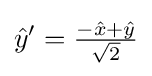
{\hat {y}}'=\textstyle {\frac {-{\hat {x}}+{\hat {y}}}{\sqrt {2}}}